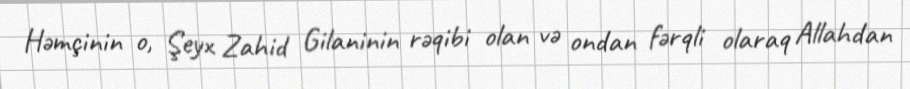
Həmçinin o, Şeyx Zahid Gilaninin rəqibi olan və ondan fərqli olaraq Allahdan